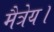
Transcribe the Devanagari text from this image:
मैत्रेय।